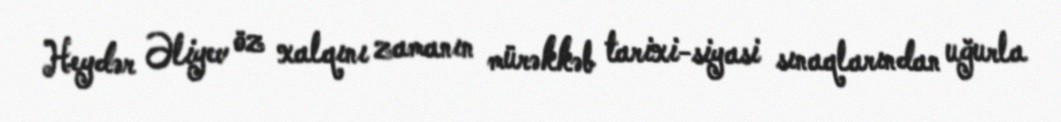
Heydər Əliyev öz xalqını zamanın mürəkkəb tarixi-siyasi sınaqlarından uğurla